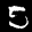
Label: 5